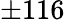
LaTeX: \pm 116